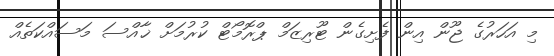
މި އަހަރުގެ ޖޫން އިން ފެށިގެން ޓޫރިޒަމް ޕްރޮމޯޓް ކުރުމަށް ޚާއްސަ މަސައްކަތެއް